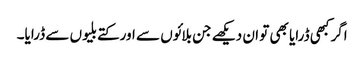
اگر کبھی ڈرایا بھی تو ان دیکھے جن بلائوں سے اور کتے بلیوں سے ڈرایا۔